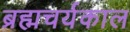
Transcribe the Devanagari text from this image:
ब्रह्मचर्यकाल